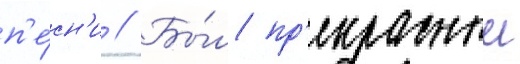
п'е́сн'и // Бы́л пр'екрасныи